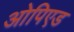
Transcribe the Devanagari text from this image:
ओपिएड